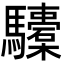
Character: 𩧐